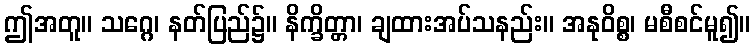
ဤအတူ။ သဂ္ဂေ၊ နတ်ပြည်၌။ နိက္ခိတ္တာ၊ ချထားအပ်သနည်း။ အနုဝိစ္စ၊ မစီစင်မူ၍။